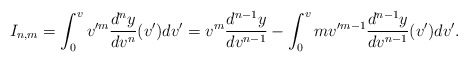
\begin{align*} I_{n,m}=\int_0^vv'^m\frac{d^ny}{dv^n}(v')dv'=v^m\frac{d^{n-1}y}{dv^{n-1}}-\int_0^vmv'^{m-1}\frac{d^{n-1}y}{dv^{n-1}}(v')dv'.\end{align*}